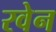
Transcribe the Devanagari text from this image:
रवेन